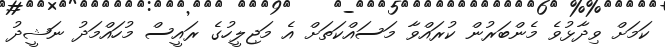
ކަމަށް ވިދާޅުވެ މެންބަރުން ކުރައްވާ މަސައްކަތަށް އެ މަޖިލީހުގެ ރައީސް މުހައްމަދު ނަޝީދު